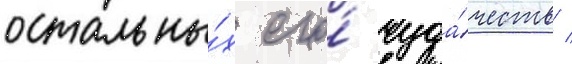
остальны́х его́ чуда́честв /